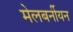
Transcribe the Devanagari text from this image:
मेलबर्नीयन